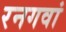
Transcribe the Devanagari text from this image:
रनगवां